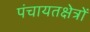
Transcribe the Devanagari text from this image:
पंचायतक्षेत्रों